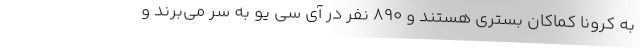
به کرونا کماکان بستری هستند و ۸۹۰ نفر در آی سی یو به سر می‌برند و